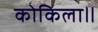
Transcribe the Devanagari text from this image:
कोकिला॥